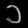
Digit: ၁